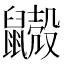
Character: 𪖃